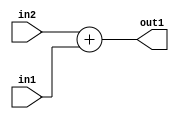
`timescale 1ps / 1ps
/*****************************************************************************
    Verilog RTL Description
    
    
    Created by: Stratus DpOpt 2019.1.01 
*******************************************************************************/

module bn_addr_gen_Add_32Ux18U_32U_1 (
	in2,
	in1,
	out1
	); /* architecture "behavioural" */ 
input [31:0] in2;
input [17:0] in1;
output [31:0] out1;
wire [31:0] asc001;

assign asc001 = 
	+(in2)
	+(in1);

assign out1 = asc001;
endmodule

/* CADENCE  ubHxTgo= : u9/ySgnWtBlWxVPRXgAZ4Og= ** DO NOT EDIT THIS LINE ******/